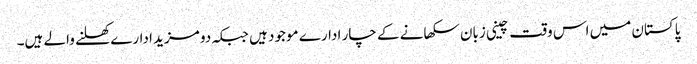
پاکستان میں اس وقت چینی زبان سکھانے کے چار ادارے موجود ہیں جبکہ دو مزید ادارے کھلنے والے ہیں۔